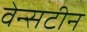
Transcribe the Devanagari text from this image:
वेन्सटीन